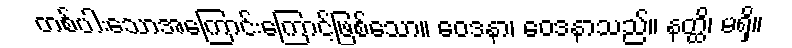
တစ်ပါးသောအကြောင်းကြောင့်ဖြစ်သော။ ဝေဒနာ၊ ဝေဒနာသည်။ နတ္ထိ၊ မရှိ။